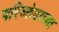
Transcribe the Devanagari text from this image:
परिच्छेदाच्या